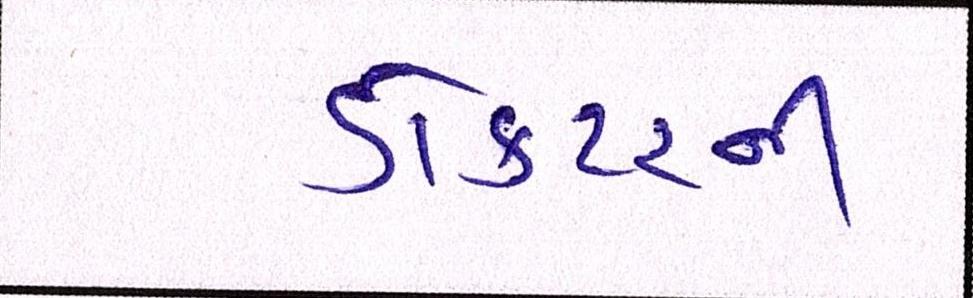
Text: ડોક્ટરની